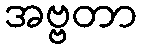
အဗ္ဗတာ